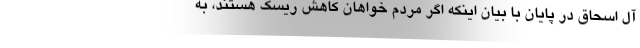
آل اسحاق در پایان با بیان اینکه اگر مردم خواهان کاهش ریسک هستند، به